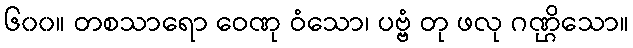
၆၀၀။ တစသာရော ဝေဏု ဝံသော၊ ပဗ္ဗံ တု ဖလု ဂဏ္ဌိသော။